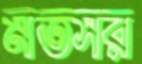
মতসর